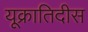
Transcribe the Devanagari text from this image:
यूक्रातिदीस